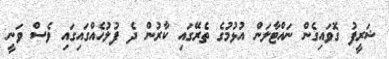
ޝަރީފު ގޮވައިގެން ނައްޓާލަން އުޅުމުގެ ތެރޭގައި ކާރުން ދެ ފުލުހެއްގައިގައި ވެސް ވަނީ